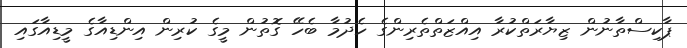
ޕާކިސްތާނުން ޒިޔާރަތްކުރާ އިއްޒަތްތެރިންގެ ހެދުމާ ބެހޭ ގޮތުން މީގެ ކުރިން އިންޑިއާގެ މީޑިއާގައި